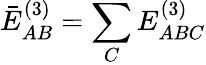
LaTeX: \bar{E}_{AB}^{(3)}=\sum_{C}E_{ABC}^{(3)}